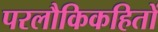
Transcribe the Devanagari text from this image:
परलौकिकहितों